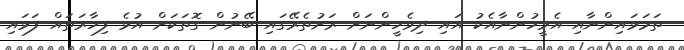
ތަމަޅައިންނާއި އެމީހުންނާއެކު އައި ދިވެހީންނަށް ރަށުތެރޭގައި ބޭނުން ގޮތަކަށް އުޅެ ފިހާރަތައް ފަޅައި